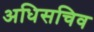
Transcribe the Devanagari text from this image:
अधिसचिव